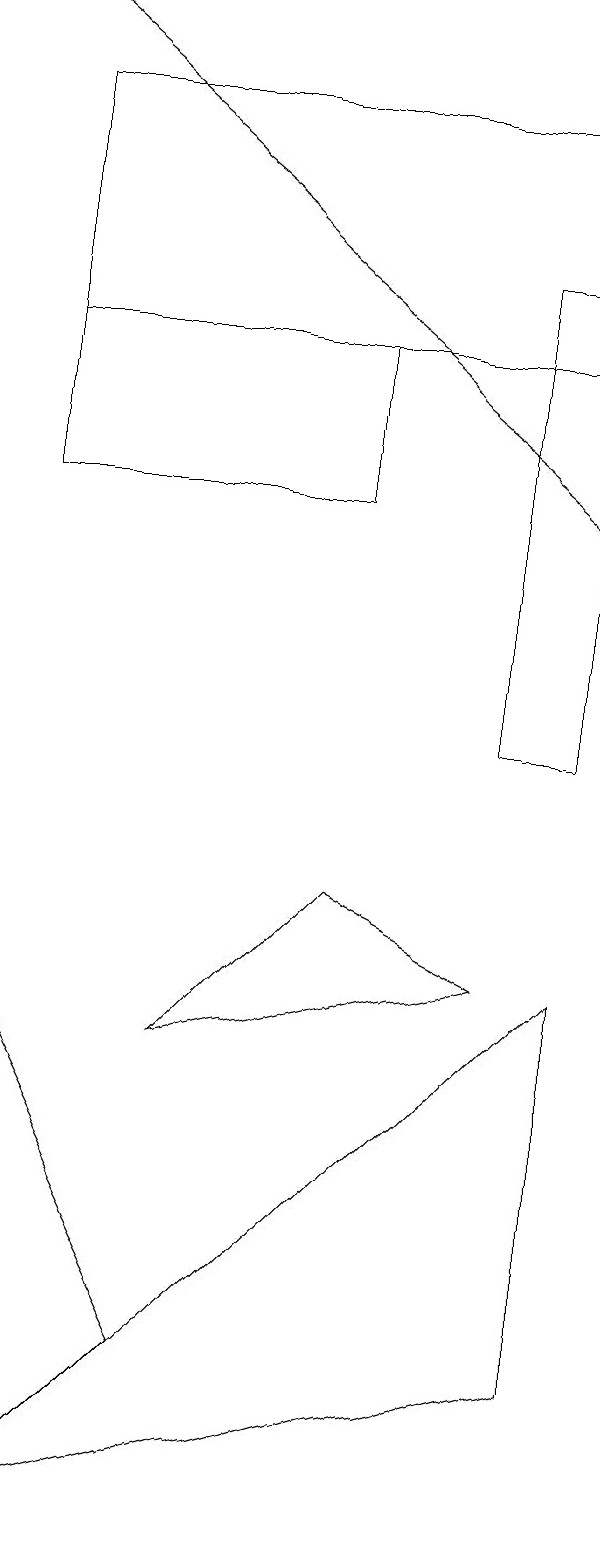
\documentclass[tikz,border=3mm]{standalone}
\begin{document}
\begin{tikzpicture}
\draw (8,10) rectangle (9,16);
\draw (2,6) -- (2,0) -- (4,2) -- cycle;
\draw (9,2) -- (9,7) -- (2,0) -- cycle;
\draw (2,15) rectangle (6,13);
\draw (2,15) rectangle (9,18);
\draw[->] (2,19) -- (9,13);
\draw (6,8) -- (8,7) -- (4,6) -- cycle;
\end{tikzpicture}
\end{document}